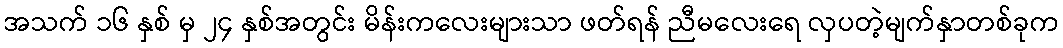
အသက် ၁၆ နှစ် မှ ၂၄ နှစ်အတွင်း မိန်းကလေးများသာ ဖတ်ရန် ညီမလေးရေ လှပတဲ့မျက်နှာတစ်ခုက